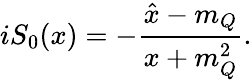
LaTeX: iS_{0}(x)=-{\frac{\hat{x}-m_{Q}}{x+m_{Q}^{2}}}.